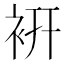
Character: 𧙧